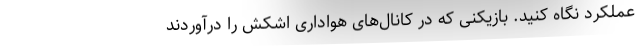
عملکرد نگاه کنید. بازیکنی که در کانال‌های هواداری اشکش را درآوردند